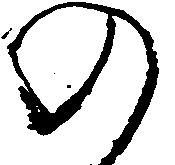
の